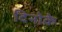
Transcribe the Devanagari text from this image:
दिनोके